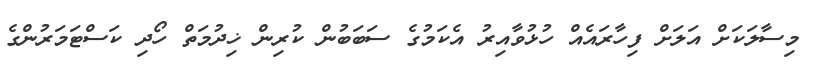
މިސާލަކަށް އަލަށް ފިހާރައެއް ހުޅުވާއިރު އެކަމުގެ ސަބަބުން ކުރިން ޚިދުމަތް ހޯދި ކަސްޓަމަރުންގެ